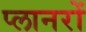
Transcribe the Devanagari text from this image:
प्लानरों